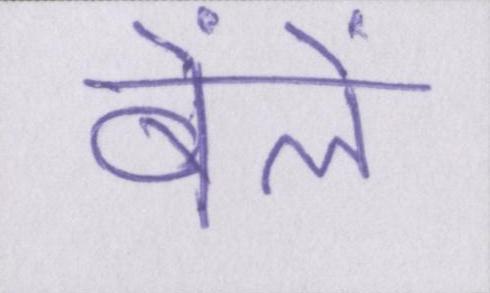
बेंलें